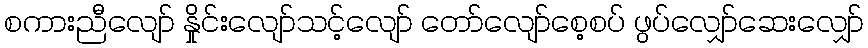
စကားညီလျော် နှိုင်းလျော်သင့်လျော် တော်လျော်စေ့စပ် ဖွပ်လျှော်ဆေးလျှော်